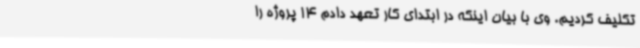
تکلیف کردیم. وی با بیان اینکه در ابتدای کار تعهد دادم 14 پروژه را